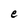
Character: e